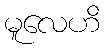
မူလေဟိ